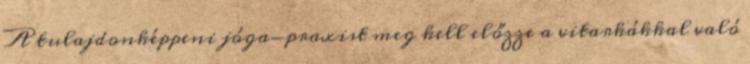
A tulajdonképpeni jóga-praxist meg kell előzze a vitarkákkal való